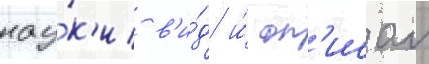
нау́к'и в'и́д и́ оп'исал